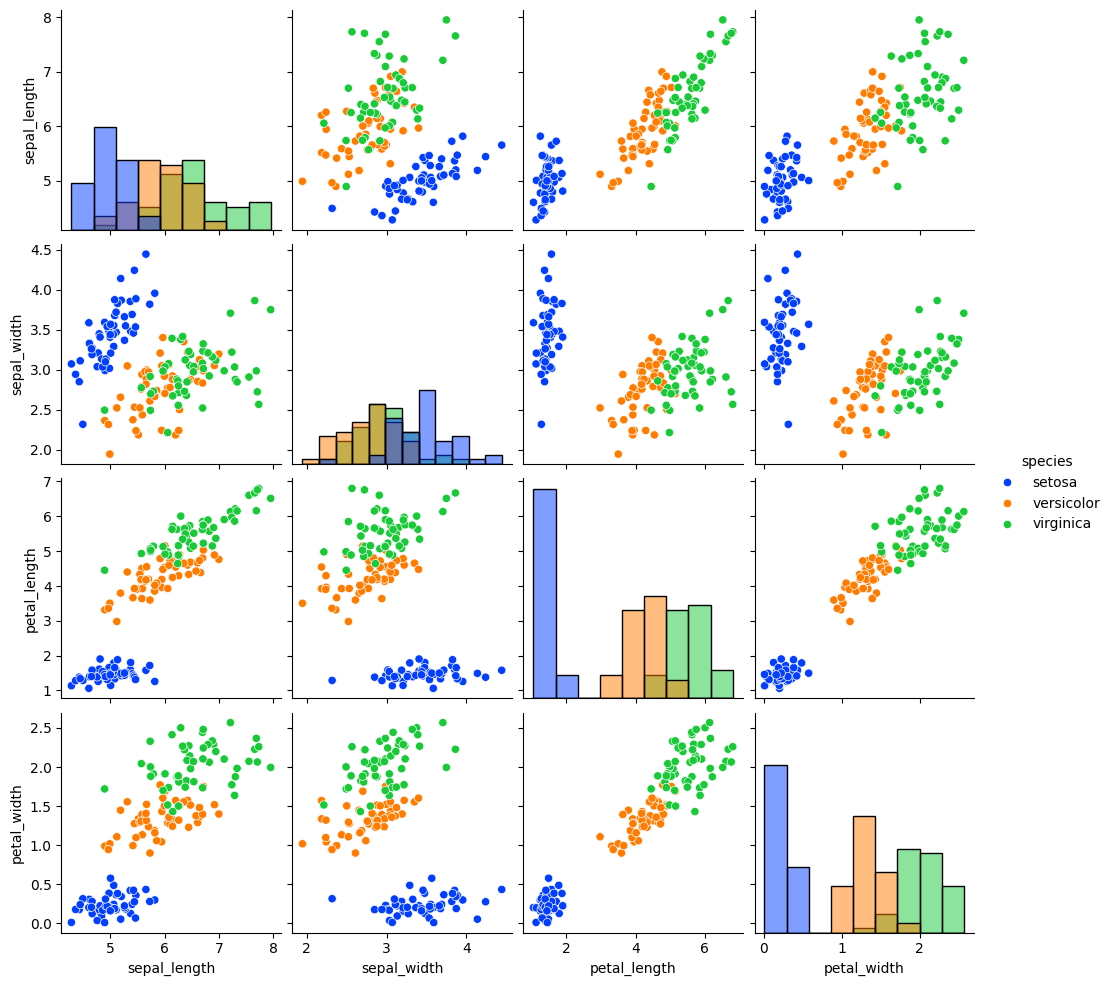
python, seaborn, pairplot, palette='bright', markers=['o'], kind='scatter', diag_kind='hist'